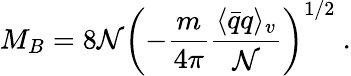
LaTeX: M_{B}=8\mathcal{N}\left(-\frac{{m}}{{4\pi}}\frac{{\langle\bar{{q}}q\rangle_{v}}}{{\mathcal{N}}}\right)^{1/2}\ .